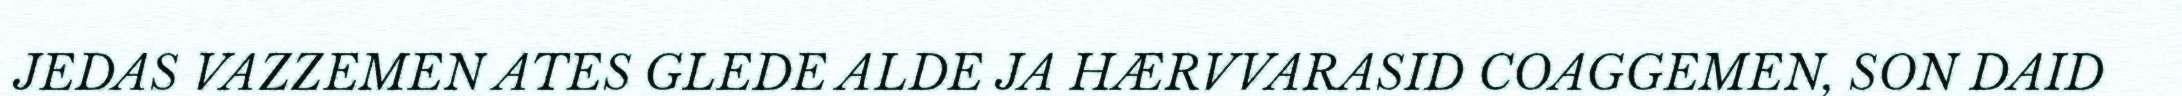
JEDAS VAZZEMEN ATES GLEDE ALDE JA HÆRVVARASID COAGGEMEN, SON DAID